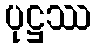
ပုဋ္ဌဿ